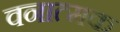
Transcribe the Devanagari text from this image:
वनात्मक